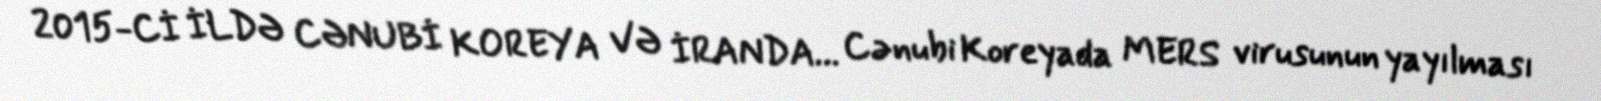
2015-Cİ İLDƏ CƏNUBİ KOREYA VƏ İRANDA… Cənubi Koreyada MERS virusunun yayılması